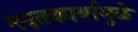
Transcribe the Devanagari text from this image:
मदतकार्यामुळे